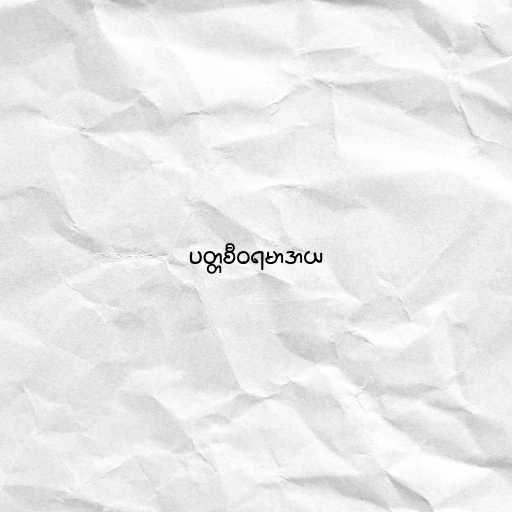
ပတ္တစီဝရမာဒာယ